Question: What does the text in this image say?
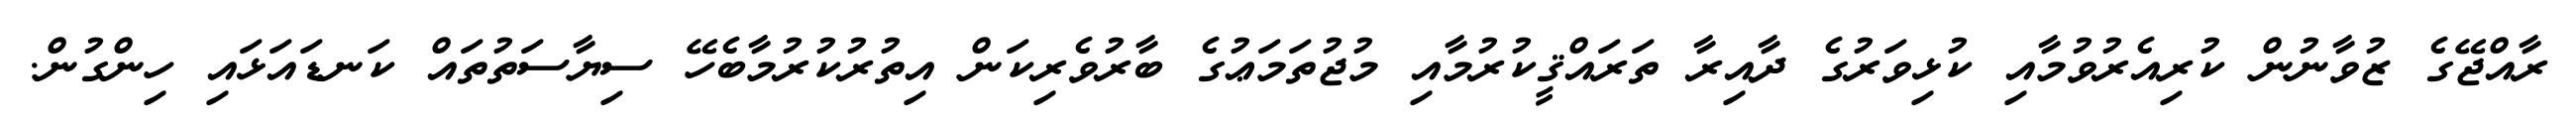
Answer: ރާއްޖޭގެ ޒުވާނުން ކުރިއެރުވުމާއި ކުޅިވަރުގެ ދާއިރާ ތަރައްޤީކުރުމާއި މުޖުތަމަޢުގެ ބާރުވެރިކަން އިތުރުކުރުމާބެހޭ ސިޔާސަތުތައް ކަނޑައަޅައި ހިންގުން.